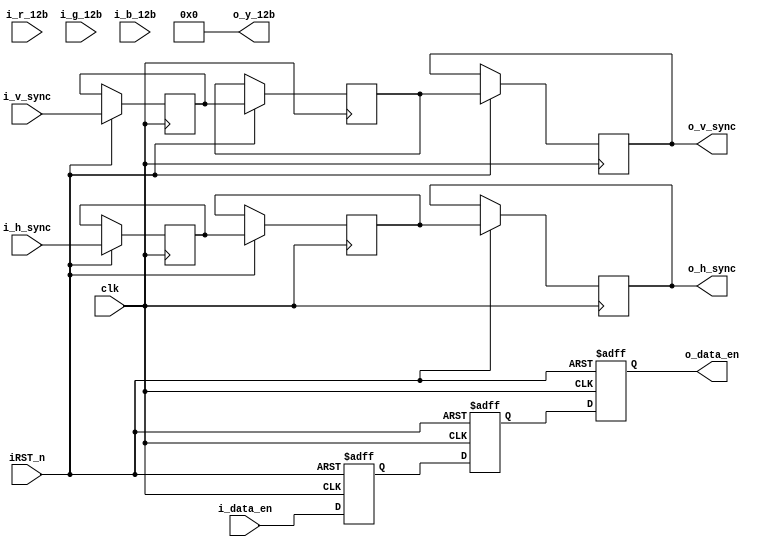
module gray(
input clk,
input iRST_n,
input [11 : 0] i_r_12b,
input [11 : 0] i_g_12b,
input [11 : 0] i_b_12b,
input i_h_sync,       
input i_v_sync,         
input i_data_en,         
output [11 : 0] o_y_12b,
output o_h_sync,        
output o_v_sync,        
output o_data_en         
);

parameter para_0183_12b = 12'd47; 
parameter para_0614_12b = 12'd157;
parameter para_0062_12b = 12'd16;
parameter para_16_12b = 12'd4096;


wire sign_cb;
wire sign_cr;
wire o_y_12btmp;

reg[13: 0] mult_r_for_y_14b;
reg[13: 0] mult_g_for_y_14b;
reg[13: 0] mult_b_for_y_14b;
reg[13: 0] add_y_0_14b;
reg[13: 0] add_y_1_14b;
reg[13: 0] result_y_14b;

reg i_h_sync_delay_1;
reg i_v_sync_delay_1;
reg i_data_en_delay_1;
reg i_h_sync_delay_2;
reg i_v_sync_delay_2;
reg i_data_en_delay_2;
reg i_h_sync_delay_3;
reg i_v_sync_delay_3;
reg i_data_en_delay_3;

initial
begin
	mult_r_for_y_14b <= 14'd0;
	mult_g_for_y_14b <= 14'd0;
	mult_b_for_y_14b <= 14'd0;
	add_y_0_14b <= 14'd0;
	add_y_1_14b <= 14'd0;
	result_y_14b <= 14'd0;
	i_h_sync_delay_1 <= 1'd0;
	i_v_sync_delay_1 <= 1'd0;
	i_data_en_delay_1 <= 1'd0;
	
	i_h_sync_delay_2 <= 1'd0;
	i_v_sync_delay_2 <= 1'd0;
	i_data_en_delay_2 <= 1'd0;
end

//第一层流水线
always @ (posedge clk or negedge iRST_n )
	begin
	if (!iRST_n)
		begin
			mult_r_for_y_14b <= 0;
		end	
	else
		mult_r_for_y_14b <= i_r_12b * para_0183_12b;
	end

always @ (posedge clk or negedge iRST_n )
	begin
	if (!iRST_n)
		begin
			mult_g_for_y_14b <= 0;
		end	
	else
		mult_g_for_y_14b <= i_g_12b * para_0614_12b;
	end

always @ (posedge clk or negedge iRST_n )
begin
	if (!iRST_n)
		begin
			mult_b_for_y_14b <= 0;
		end	
	else
	mult_b_for_y_14b <= i_b_12b * para_0062_12b;
end

//第二层流水线
always @ (posedge clk or negedge iRST_n )
begin
	if (!iRST_n)
		begin
			add_y_0_14b <= 0;
			add_y_1_14b <= 0;
		end	
	else
	begin
	add_y_0_14b <= mult_r_for_y_14b + mult_g_for_y_14b;
	add_y_1_14b <= mult_b_for_y_14b + para_16_12b;
	end
end

//第三层流水线
always @ (posedge clk or negedge iRST_n )
begin
	if (!iRST_n)
		begin
			result_y_14b <= 0;
		end	
	else
	result_y_14b <= add_y_0_14b + add_y_1_14b;
end

//输出
assign o_y_12btmp = (result_y_14b[13:12] == 2'b00) ? result_y_14b[11 : 0] : 12'hFFF;
assign o_y_12b = o_y_12btmp>>8;

always @ (posedge clk or negedge iRST_n )
begin
	if (!iRST_n)
		begin
			i_data_en_delay_1 <= 0;
			i_data_en_delay_2 <= 0;
			i_data_en_delay_3 <= 0;
		end	
	else
	begin
	i_h_sync_delay_1 <= i_h_sync;
	i_v_sync_delay_1 <= i_v_sync;
	i_data_en_delay_1 <= i_data_en;
	i_h_sync_delay_2 <= i_h_sync_delay_1;
	i_v_sync_delay_2 <= i_v_sync_delay_1;
	i_data_en_delay_2 <= i_data_en_delay_1;
	i_h_sync_delay_3 <= i_h_sync_delay_2;
	i_v_sync_delay_3 <= i_v_sync_delay_2;
	i_data_en_delay_3 <= i_data_en_delay_2;
	end
end


assign o_h_sync = i_h_sync_delay_3;
assign o_v_sync = i_v_sync_delay_3;
assign o_data_en = i_data_en_delay_3;

endmodule